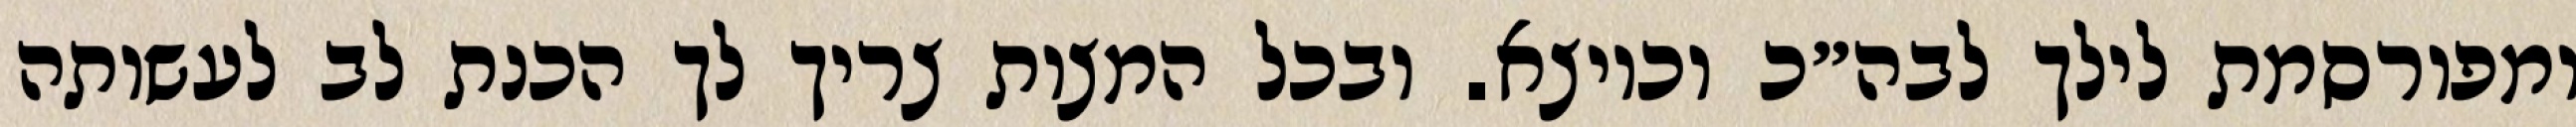
ומפורסמת לילך לבה״כ וכיוצא. ובכל המצות צריך לך הכנת לב לעשותה